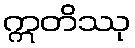
ဣတိဿု